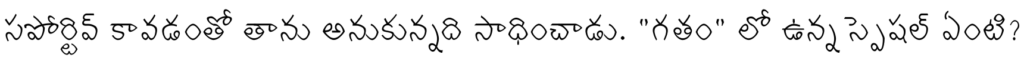
సపోర్టివ్ కావడంతో తాను అనుకున్నది సాధించాడు. "గతం" లో ఉన్న స్పెషల్ ఏంటి?